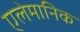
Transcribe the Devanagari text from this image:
एलेमानिक